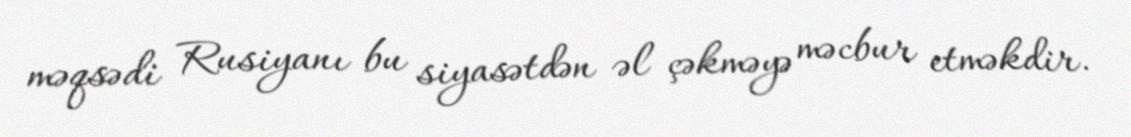
məqsədi Rusiyanı bu siyasətdən əl çəkməyə məcbur etməkdir.